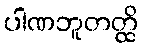
ပါဏဘူတတ္ထိ